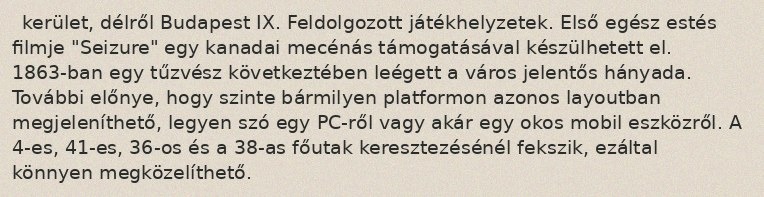
kerület, délről Budapest IX. Feldolgozott játékhelyzetek. Első egész estés filmje "Seizure" egy kanadai mecénás támogatásával készülhetett el. 1863-ban egy tűzvész következtében leégett a város jelentős hányada. További előnye, hogy szinte bármilyen platformon azonos layoutban megjeleníthető, legyen szó egy PC-ről vagy akár egy okos mobil eszközről. A 4-es, 41-es, 36-os és a 38-as főutak keresztezésénél fekszik, ezáltal könnyen megközelíthető.